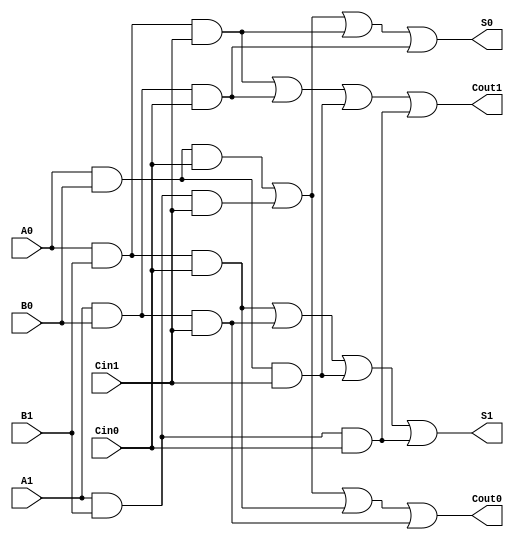
module dual_rail_full_adder (
    input wire A0, A1,  // Dual-rail inputs for A
    input wire B0, B1,  // Dual-rail inputs for B
    input wire Cin0, Cin1, // Dual-rail inputs for carry-in
    output wire S0, S1,  // Dual-rail outputs for sum
    output wire Cout0, Cout1 // Dual-rail outputs for carry-out
);

// Sum logic
assign S0 = (A0 & B0 & Cin0) | (A1 & B1 & Cin1) | (A0 & B1 & Cin1) | (A1 & B0 & Cin0);
assign S1 = (A0 & B1 & Cin0) | (A1 & B0 & Cin1) | (A0 & B0 & Cin1) | (A1 & B1 & Cin0);

// Carry-out logic
assign Cout0 = (A0 & B0 & Cin0) | (A1 & B1 & Cin1) | (A0 & B1 & Cin0) | (A1 & B0 & Cin1);
assign Cout1 = (A0 & B1 & Cin1) | (A1 & B0 & Cin0) | (A0 & B0 & Cin1) | (A1 & B1 & Cin0);

endmodule